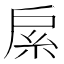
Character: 䋀